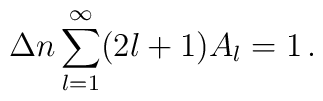
\Delta n\sum_{l=1}^\infty (2l+1)A_l=1\,{.}